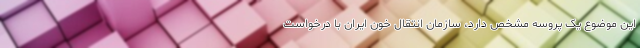
این موضوع یک پروسه‌ مشخص دارد، سازمان انتقال خون ایران با درخواست